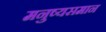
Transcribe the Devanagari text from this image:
मनुष्यसमान